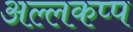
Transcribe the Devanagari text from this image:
अल्लकप्प